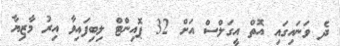
ދެ ވަނައިގައި އޮތް އީގަލްސް އަށް 32 ޕޮއިންޓް ލިބިފައިވާ އިރު މާޒިޔާ